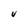
Character: u